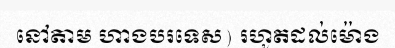
នៅតាម ហាងបរទេស) រហូតដល់ម៉ោង